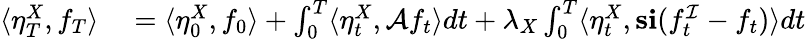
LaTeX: \begin{array}{rl}{\langle\eta_{T}^{X},f_{T}\rangle}&{{}=\langle\eta_{0}^{X},f_{0}\rangle+\int_{0}^{T}\langle\eta_{t}^{X},\mathcal{A}f_{t}\rangle dt+\lambda_{X}\int_{0}^{T}\langle\eta_{t}^{X},\mathbf{s}\mathbf{i}(f_{t}^{\mathcal{I}}-f_{t})\rangle dt}\end{array}